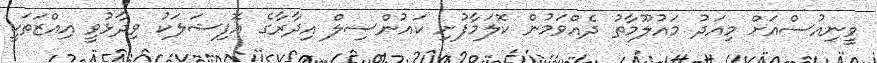
ވީނިއުސްއަށް މިއަދު މައުލޫމާތު ދެއްވަމުން ކޮލަމާފުށި ކައުންސިލް އިދާރާގެ އޮފިޝަލަކު ވިދާޅުވީ އިއްޒަތަކީ